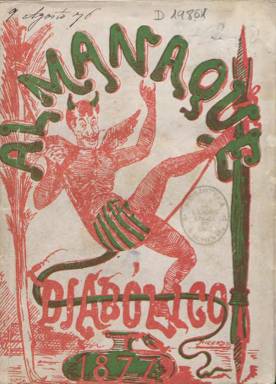
Título: Almanaque diabólico
Colección: Almanaques || Revistas satíricas y humorísticas
Ámbito geográfico: Madrid
Lugar de publicación: Madrid
Fechas: 01/01/1877-31/12/1879

La colección de la Biblioteca Nacional de España (BNE) dispone de los almanaques para 1877 y 1879, ambos editados por la madrileña Librería de Anllo y Rodríguez. Cada uno supera los dos centenares de páginas, compuestas a una columna, y llevan una cubierta estampada a color con sendas ilustraciones de los dibujantes Ricardo Becerro de Bengoa (1845-1902) y Manuel Cubas, respectivamente. Sus contenidos comienzan con el respectivo almanaque con los eclipses, el cómputo eclesiástico, las fiestas movibles o el santoral, para después insertar intercalados numerosos grabados xilográficos de corte humorístico, como chistes gráficos y “caricaturas, caras y caracteres”, con textos de creación literaria o de divulgación, tanto en prosa como en verso (sonetos, epigramas, cuentos, fábulas, pensamientos, cantares, etcétera), que se estructuran en dos secciones: Sección literaria y Sección diabólica. Al final de cada almanaque, la Librería Anllo y Rodríguez inserta un largo extracto de su catálogo de obras en venta.

Respecto al primero, se señala en su portada estar “escrito por los redactores” de El Solfeo (1875-1878), que estaba dirigido por el dramaturgo y matemático, además de periodista federalista, Antonio Sánchez Peréz (1832-1912), e “ilustrado por unos diablos”, que no eran otros que el dibujante, también de ideas republicanas, el citado Ricardo y los también dibujantes Narciso Méndez Bringas (1868-1933) y Cubas.

Este almanaque “diabólico” para 1877 forma un volumen en octavo menor, de 224 páginas (más la cubierta), y entre sus textos resalta la Revista del año cómico (1875 a 1876) firmada por Clarín, seudónimo que empieza a usar el entonces joven Leopoldo Alas (1852-1901) tras llegar a Madrid y comenzar, precisamente, su actividad periodística como principal redactor de El Solfeo. También Eusebio Sierra escribe en verso un Juicio del año; Luis Arnedo y Muñoz, unos cuadros escénicos; Telesfora Prieto, una epístola; y otros autores de sus textos son Mario González de Segovia, Antonio Enrique de Zafra, Manuel de Palacio o J. de Ochoa. Asimismo aparecen sin firmar otros artículos sobre “artes” dedicados a la cartomancia, quiromancia, los oráculos o la mímica, anécdotas, cuentos, chismes o pensamientos.

Por su parte, la portada del almanaque para 1879 señala a Eduardo Quílez como su director o principal redactor, con la ayuda de más de una veintena de colaboradores, entre los que se encuentran Francisco Flores y García, Enrique Frexas de Sabater, Antonio Sánchez Pérez, Rafael García Santistéban, J. González de Tejada, Luis Taboada, José Estrañi, Eusebio Sierra, Ricardo Sepúlveda, Eladio Lezama, Modesto Lloréns, Melchor Palau, Mariano Chacel, Ángel Avilés, Joaquín Valverde, Norberto Guiteras, Ángel de la Guardia, F. Moja y Bolívar, Liborio C. Porset, Eduardo M. Barrero, J. Angoloti o Daniel y Antonio Ortiz. Así como Ángela Morejón de Masa y Amalia Domingo y Soler. La mayor parte de sus ilustraciones están firmadas por Cubas.

En cuanto al satírico El Solfeo, este había aparecido en un momento en el que la prensa republicana había quedado proscrita en el inicio de la Restauración, y su lema era: “La verdad desnuda, la justicia seca, la oposición constante y caiga el que caiga”. La colección de la BNE cuenta también con Almanaque de El Solfeo para 1876, estampado en la Imprenta de la Biblioteca Nacional Económica, y con caricaturas de Perea y del citado Ricardo, y el que Sánchez Pérez también redactó y editó para ese mismo año 1877 como almanaque El Huracán, estampando en la Imprenta de M. Minuesa e ilustrado asimismo por Cubas, coincidiendo con un profuso aumento de este tipo de publicaciones anuales en esta época.

En el citado Almanaque de El Solfeo para 1976, Clarín también había escrito Juicio final de la temporada cómica de 1874 a 1875, y en el almanaque de El Huracán para 1877, publicará asimismo su texto Noche buena. De ello ha dado cuenta en un par de estudios Noël Maureen Valis, de la Universidad de Michigan. El hecho de que el Almanaque de El Solfeo no se publicase para 1877 pudo deberse a las dificultades que tuvo con la censura, por lo que Sánchez Pérez pudo obsequiar gratuitamente a sus suscriptores fundadores ese año con el “diabólico”, según se indica en el número 304, del siete de agosto de 1876, de El Solfeo.